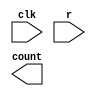
module Four_Bit_Counter(input clk, r, output[3:0] count);
reg [3:0] c;
always @(posedge clk or posedge r)
begin
if(r)
 counter_up <= 4'd0;
else
 counter_up <= c + 4'd1;
end 
assign count = c;
endmodule